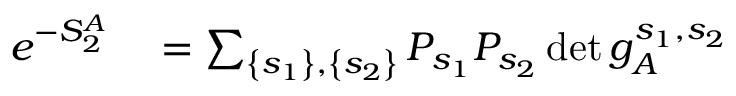
\begin{array} { r l } { e ^ { - S _ { 2 } ^ { A } } } & { { } = \sum _ { \left\{ s _ { 1 } \right\} , \left\{ s _ { 2 } \right\} } P _ { s _ { 1 } } P _ { s _ { 2 } } \operatorname* { d e t } g _ { A } ^ { s _ { 1 } , s _ { 2 } } } \end{array}